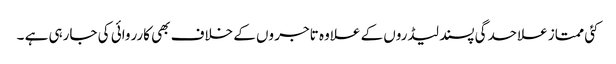
کئی ممتاز علاحدگی پسند لیڈروں کے علاوہ تاجر وں کے خلاف بھی کارروائی کی جارہی ہے ۔